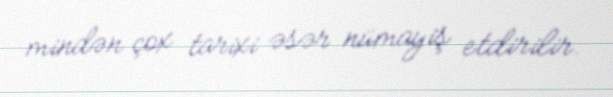
mindən çox tarixi əsər nümayiş etdirilir.